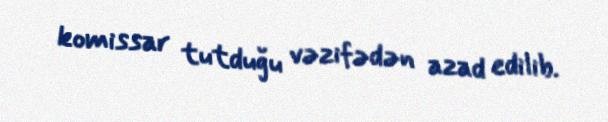
komissar tutduğu vəzifədən azad edilib.